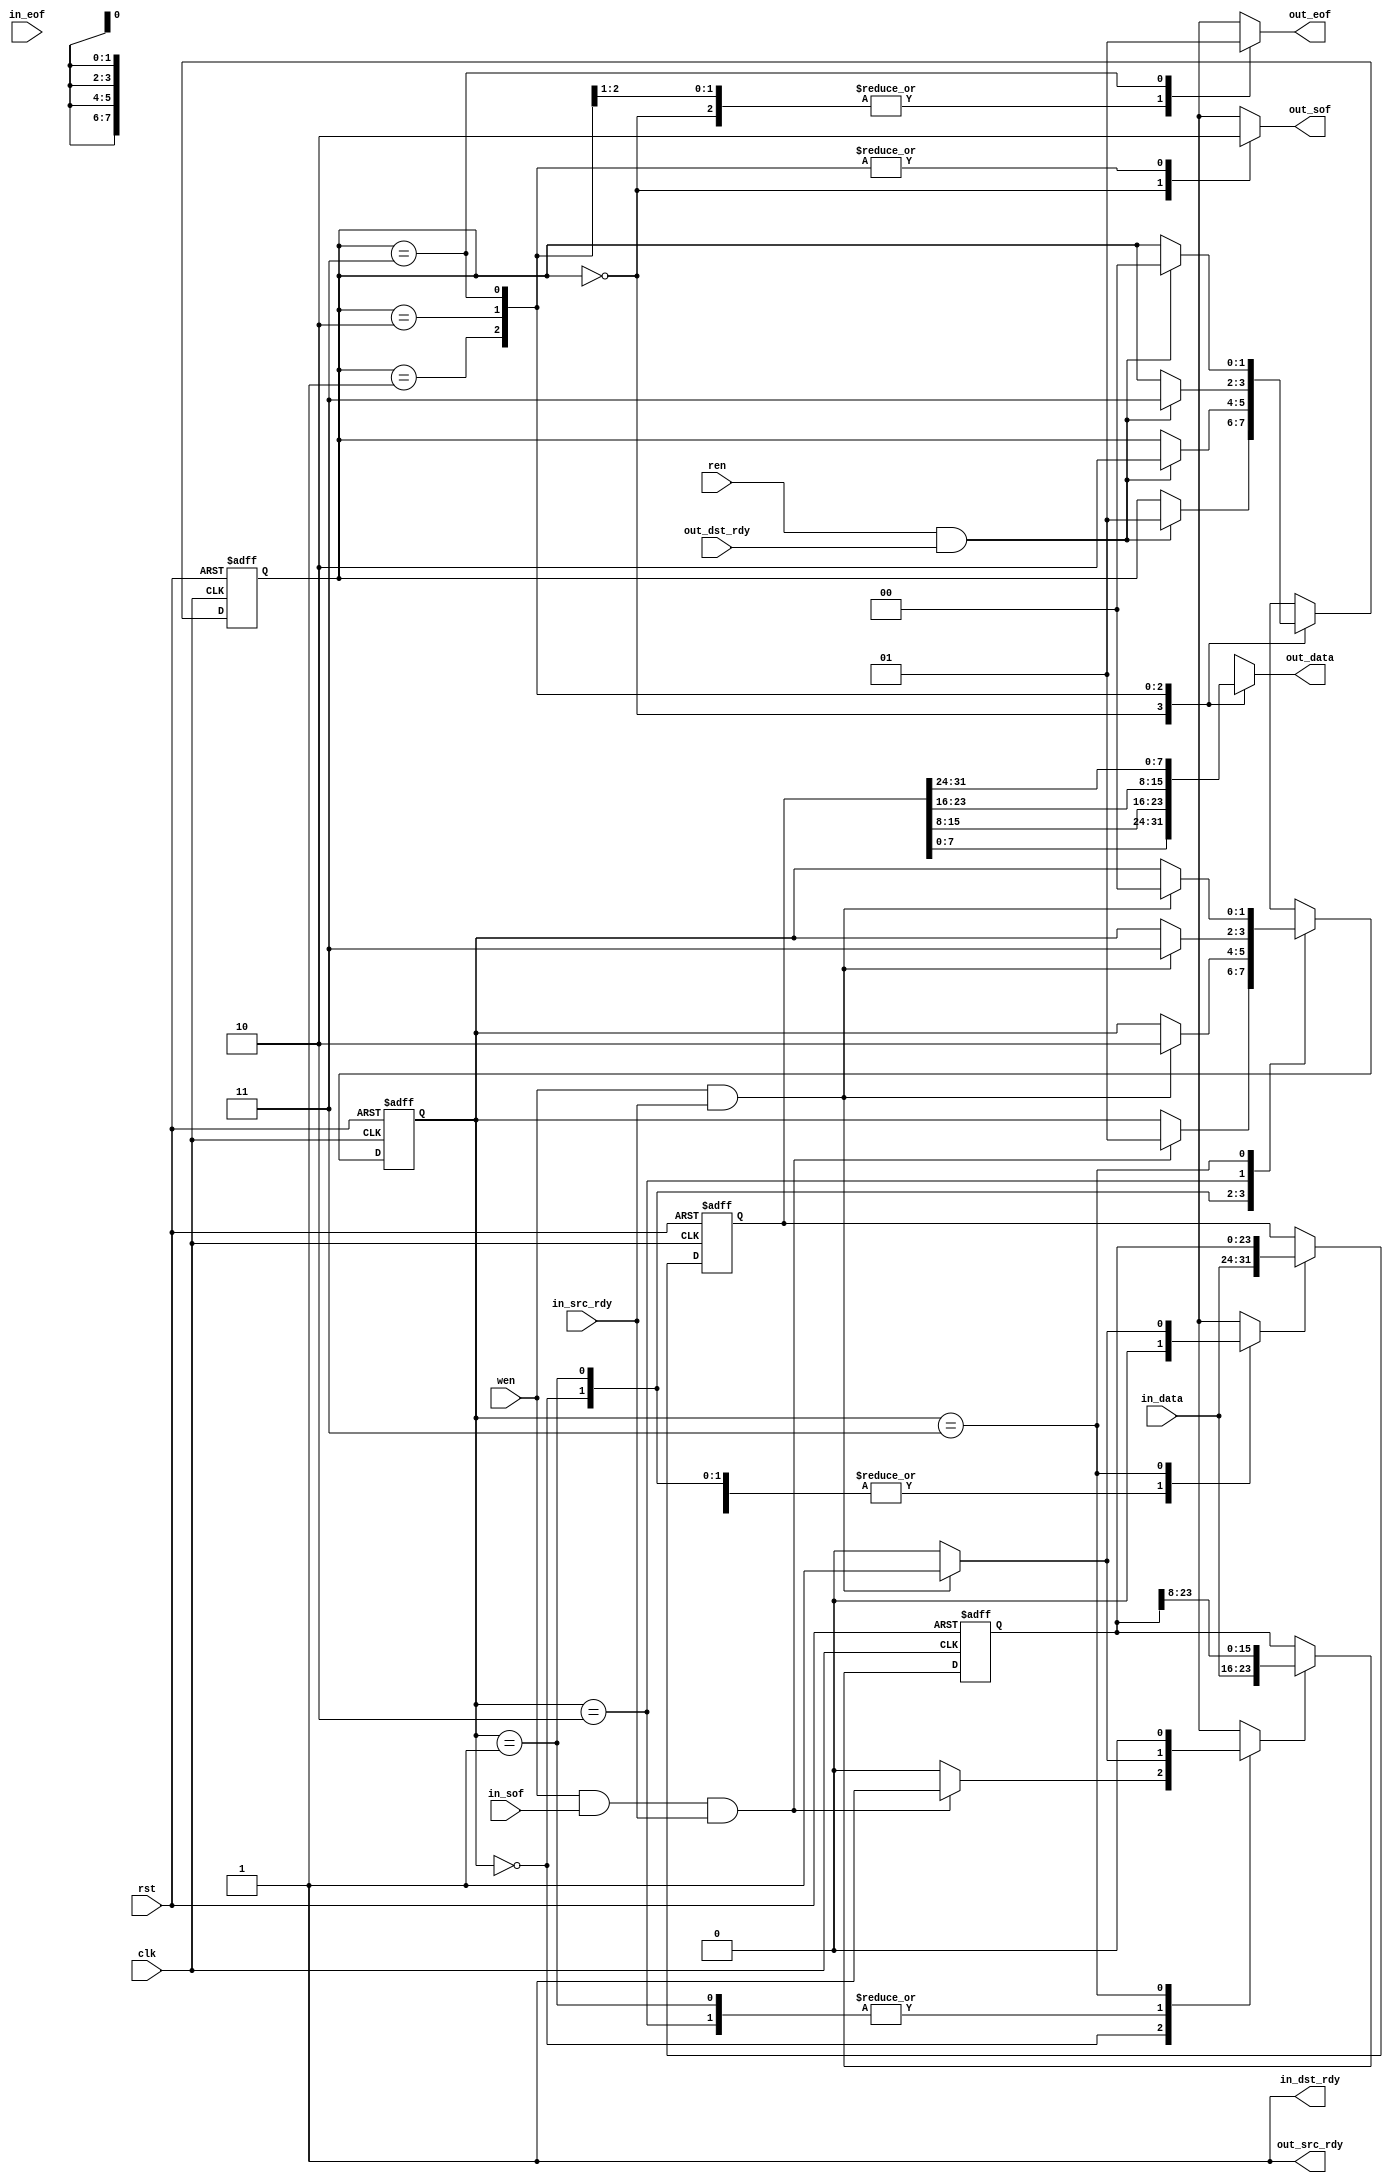
// 32 bit Port Register

`timescale 1ns/100ps

module port_register(
	input					clk,
	input					rst,
	input					wen,
	input					ren,
	input					in_sof,
	input					in_eof,
	input					in_src_rdy,
	output				in_dst_rdy,
	input		[7:0]		in_data,
	
	output	reg		out_sof,
	output	reg		out_eof,
	input					out_dst_rdy,
	output				out_src_rdy,
	output	reg [7:0]		out_data
);


reg reg_enable;
reg shift_en;
reg [1:0] rstate;
reg [1:0] nextrstate;
reg [23:0] shift_reg;
reg [31:0] word_reg;
reg [1:0] wstate;
reg [1:0] nextwstate;

assign in_dst_rdy = 1;
assign out_src_rdy = 1;

always@(wstate, wen, in_sof, in_src_rdy)
begin
	reg_enable = 0;
	shift_en = 0;
	nextwstate = wstate;
	case (wstate)
		0: // waiting byte 0
		begin
			if (wen & in_sof & in_src_rdy)
			begin
				shift_en = 1;
				nextwstate = 1;
			end
		end
		1: // waiting byte 1 
		begin
			if (wen & in_src_rdy)
			begin
				shift_en = 1;
				nextwstate = 2;
			end
		end
		2: // waiting byte 2
		begin
			if (wen & in_src_rdy)
			begin
				shift_en = 1;
				nextwstate = 3;
			end
		end
		3: // waiting byte 3
		begin
			if (wen & in_src_rdy)
			begin
				reg_enable = 1;
				nextwstate = 0;
			end
		end
	endcase
end

always@(posedge clk or posedge rst)
begin
	if (rst)
		wstate <= 0;
	else
		wstate <= nextwstate;
end

// shift register and word register
always@(posedge clk or posedge rst)
begin
	if (rst)
	begin
		shift_reg <= 0;
		word_reg <= 0;
	end
	else
	begin
		if (shift_en)
		begin
			shift_reg <= {in_data, shift_reg[23:8]};
		end
		if (reg_enable)
		begin
			word_reg <= {in_data, shift_reg};
		end
	end
end

always@(rstate or ren or out_dst_rdy)
begin
	out_data = 0;
	out_eof = 0;
	out_sof = 0;
	nextrstate = rstate;
	case (rstate)
		0: // waiting for read
		begin
			out_data = word_reg[7:0];
			out_sof = 1;
			if (ren & out_dst_rdy)
			begin
				nextrstate = 1;
			end
		end
		1: // waiting for read 2
		begin
			out_data = word_reg[15:8];
			if (ren & out_dst_rdy)
			begin
				nextrstate = 2;
			end
		end
		2: // waiting for read 3
		begin
			out_data = word_reg[23:16];
			if (ren & out_dst_rdy)
			begin
				nextrstate = 3;
			end
		end
		3: // waiting for read 4
		begin
			out_data = word_reg[31:24];
			out_eof = 1;
			if (ren & out_dst_rdy)
			begin
				nextrstate = 0;
			end
		end
	endcase
end

always@(posedge clk or posedge rst)
begin
	if (rst)
		rstate <= 0;
	else
		rstate <= nextrstate;
end

endmodule